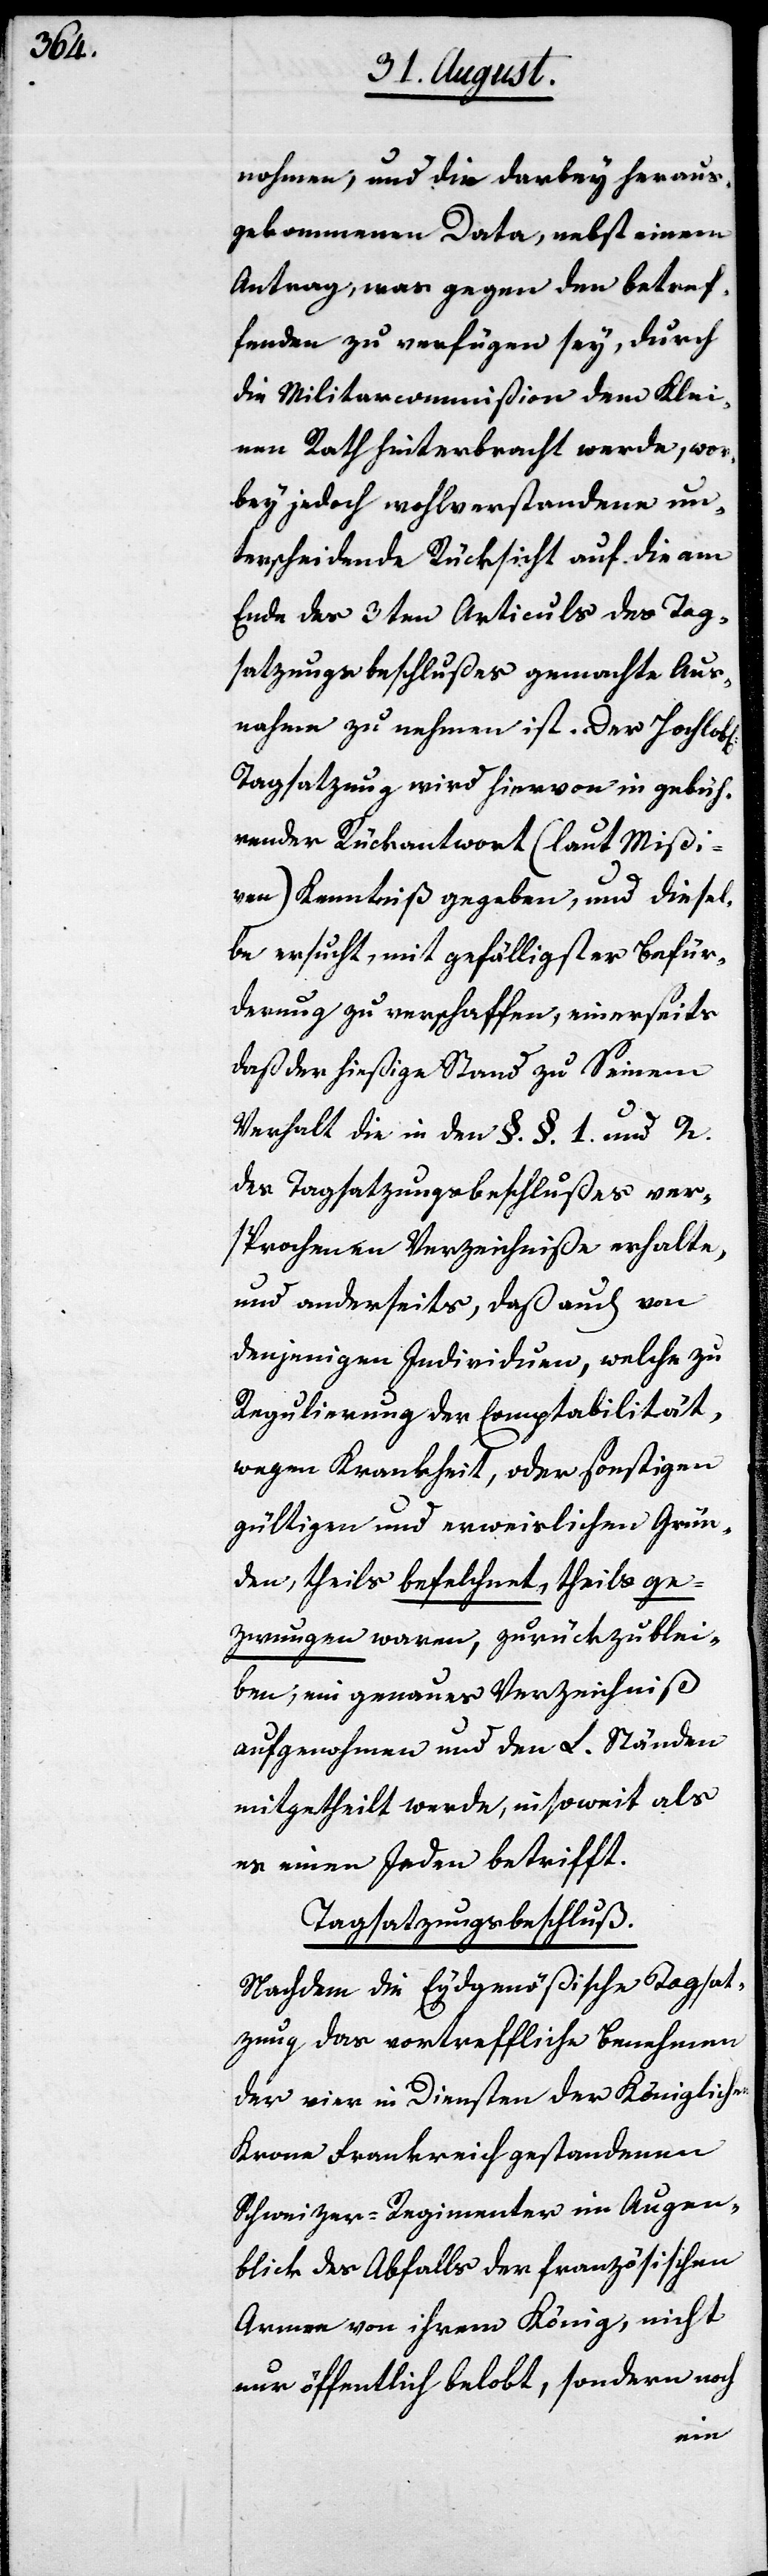
nohmen, und die darbey heraus¬
gekommenen Data, nebst einem
Antrag, was gegen den betref¬
fenden zu verfügen sey, durch
die MilitarCommißion dem Klei¬
nen Rath hinterbracht werde, wo¬
bey jedoch wohlverstanden un¬
terscheidende Rücksicht auf die am
End des 3ten Articuls des Tag¬
satzungsbeschlußes gemachte Aus¬
nahme zu nehmen ist. Der Hochlobl.
Tagsatzung wird hievon in gebüh¬
render Rückantwort (laut Mißi¬
ven) Kenntniß gegeben, und diesel¬
be ersucht, mit gefälligster Befür¬
derung zu verschaffen, einerseits
daß der hießige Stand zu Seinem
Verhalt die in den §.§. 1. und 2.
des Tagsatzungsbeschlußes ver¬
sprochenen Verzeichniße erhalte,
und anderseits, daß auch von
denjenigen Individuen, welche zu
Regulierung der Comptabilität,
wegen Krankheit, oder sonstigen
gültigen und erweislichen Grün¬
den, theils befehlchnet, theils ge¬
zwungen waren, zurückzublei¬
ben, ein genaues Verzeichniß
aufgenohmen und den L. Ständen
mitgetheilt werde, insoweit als
es einen Jeden betrifft.
Tagsatzungsbeschluß.
Nachdem die Eydgenößische Tagsat¬
zung das vortreffliche Benehmen
der vier in Diensten der Königlichen
Krone Frankreich gestandenen
Schweizer-Regimenter im Augen¬
blick des Abfalls der französischen
Armee von ihrem König, nicht
nur öffentlich belobt, sondern noch